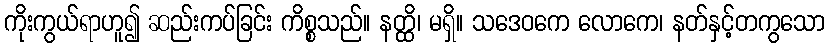
ကိုးကွယ်ရာဟူ၍ ဆည်းကပ်ခြင်း ကိစ္စသည်။ နတ္ထိ၊ မရှိ။ သဒေဝကေ လောကေ၊ နတ်နှင့်တကွသော